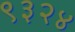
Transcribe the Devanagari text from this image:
९३२४